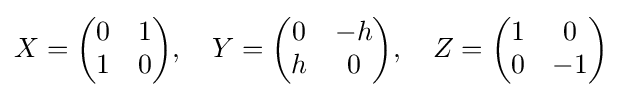
X={\begin{pmatrix}0&1\\1&0\end{pmatrix}},\quad Y={\begin{pmatrix}0&-h\\h&0\end{pmatrix}},\quad Z={\begin{pmatrix}1&0\\0&-1\end{pmatrix}}